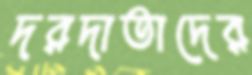
দরদাতাদের